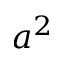
a ^ { 2 }